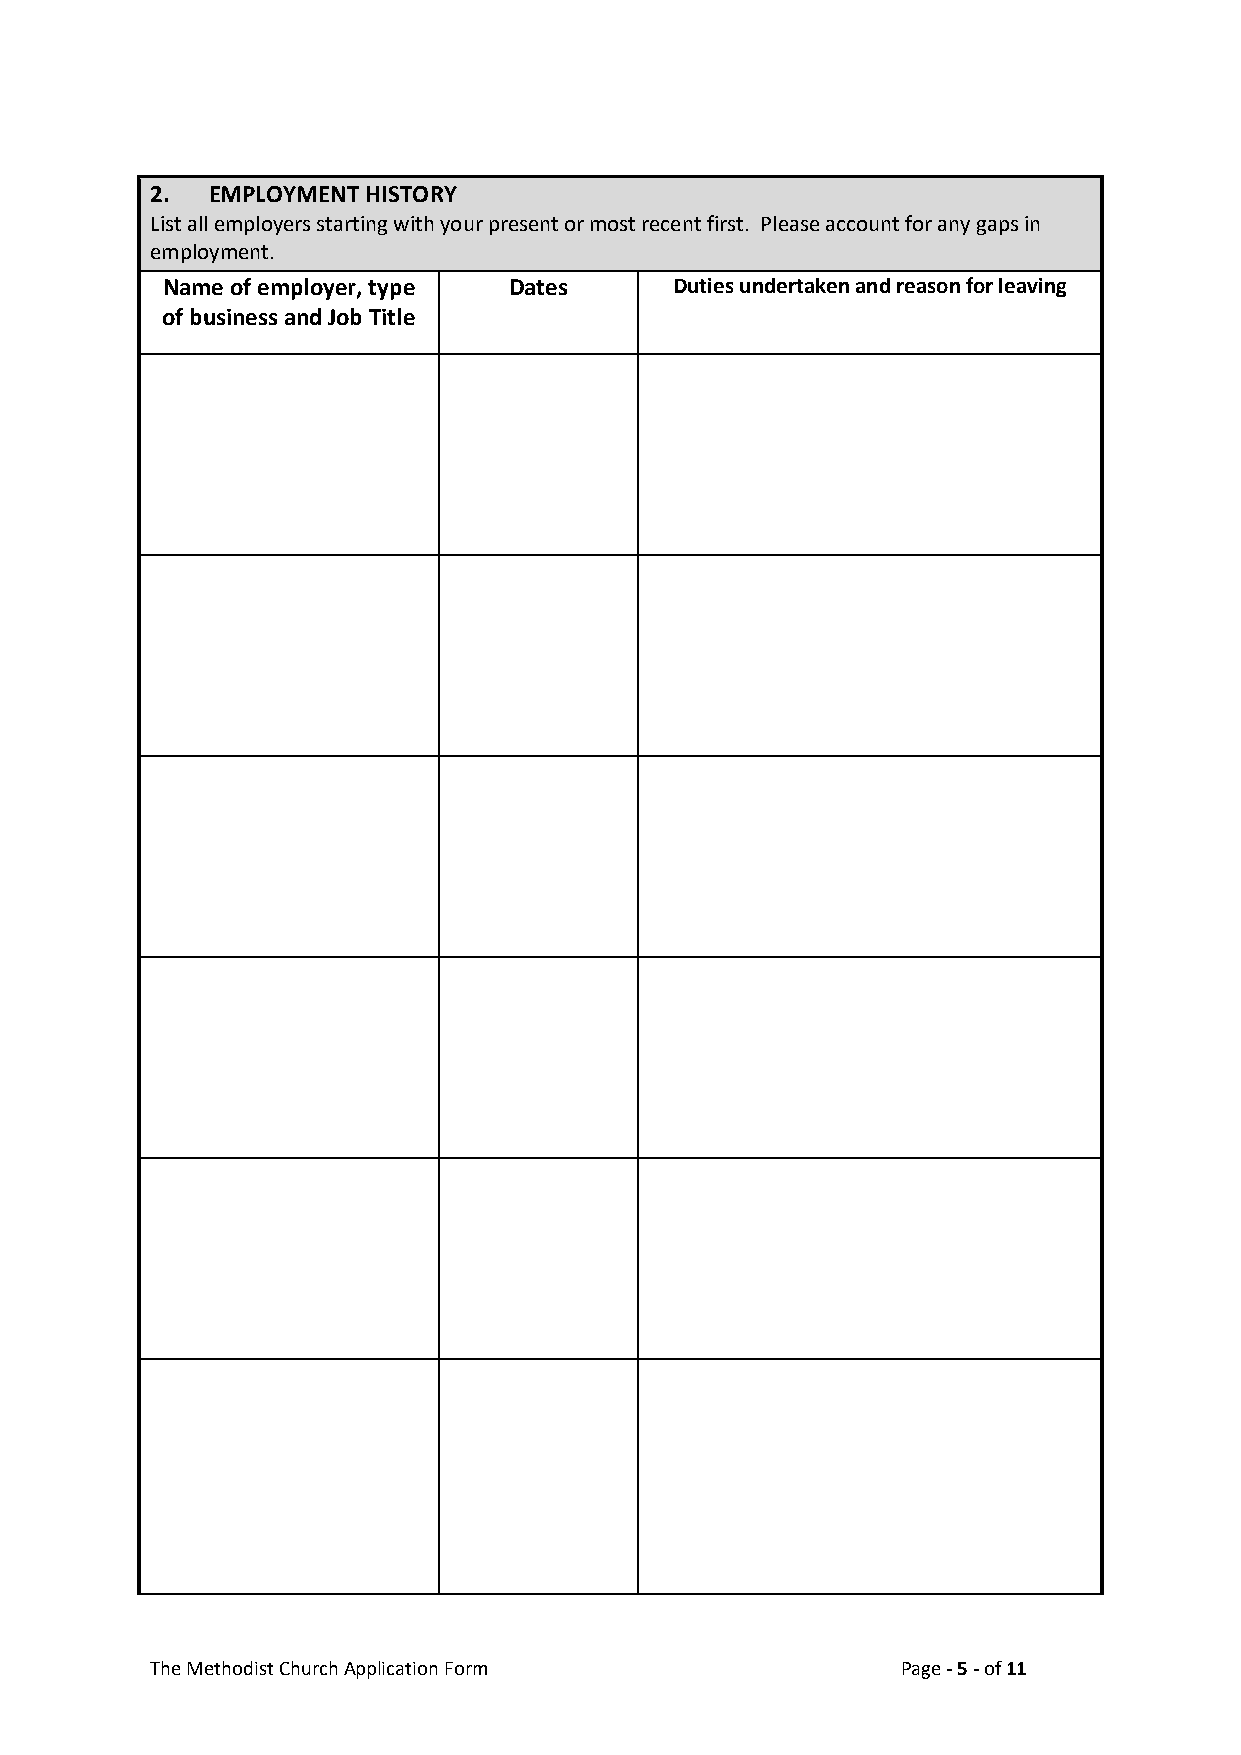
2.  EMPLOYMENT HISTORY
 List all employers starting with your present or most recent first. Please account for any gaps in
 employment.
 Name of employer, type Dates      Duties undertaken and reason for leaving
 of business and Job Title
 The Methodist Church Application Form             Page - 5 - of 11